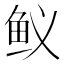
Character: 𲍇